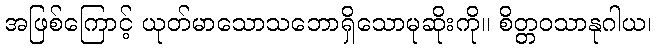
အဖြစ်ကြောင့် ယုတ်မာသောသဘောရှိသောမုဆိုးကို။ စိတ္တဝသာနုဂါယ၊